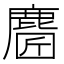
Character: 𪊼